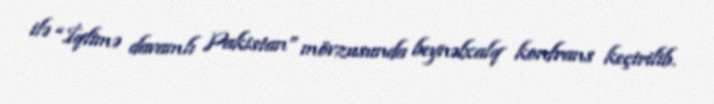
ilə “İqlimə davamlı Pakistan” mövzusunda beynəlxalq konfrans keçirilib.